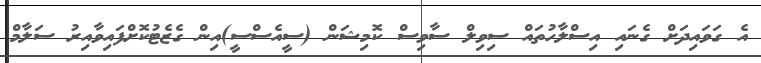
އެ ގަވައިދަށް ގެނައި އިސްލާހުތައް ސިވިލް ސާވިސް ކޮމިޝަން (ސީއެސްސީ)އިން ގެޒެޓުކޮށްފައިވާއިރު ސަލާމް